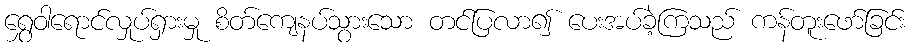
ရွှေဝါရောင်လှုပ်ရှားမှု စိတ်ကျေနပ်သွားသော တင်ပြလာ၍ ပေးအပ်ခဲ့ကြသည် ကန်တူးဖော်ခြင်း